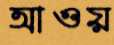
আওয়